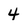
Character: 4